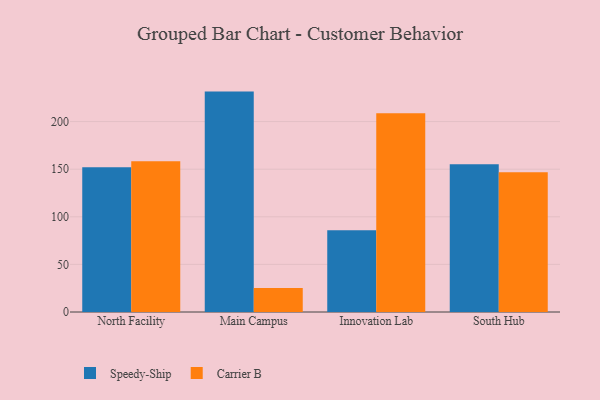
{"axis": {"x": "Campus", "y": "Operating Costs (USD K)"}, "legend": ["Carrier B", "Speedy-Ship"], "data": [{"x": "North Facility", "y": 152.0, "type": "Speedy-Ship"}, {"x": "North Facility", "y": 158.4, "type": "Carrier B"}, {"x": "Main Campus", "y": 231.5, "type": "Speedy-Ship"}, {"x": "Main Campus", "y": 25.3, "type": "Carrier B"}, {"x": "Innovation Lab", "y": 85.8, "type": "Speedy-Ship"}, {"x": "Innovation Lab", "y": 208.8, "type": "Carrier B"}, {"x": "South Hub", "y": 155.3, "type": "Speedy-Ship"}, {"x": "South Hub", "y": 146.8, "type": "Carrier B"}]}